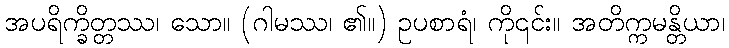
အပရိက္ခိတ္တဿ၊ သော။ (ဂါမဿ၊ ၏။) ဥပစာရံ၊ ကို၎င်း။ အတိက္ကမန္တိယာ၊